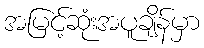
အမြင့်ဆုံးအပူချိန်မှာ